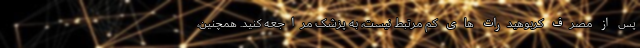
پس از مصرف کربوهیدرات های کم مرتبط نیست، به پزشک مراجعه کنید. همچنین،